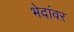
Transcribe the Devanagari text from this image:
भेदांवर